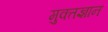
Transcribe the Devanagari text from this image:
मुक्तज्ञान